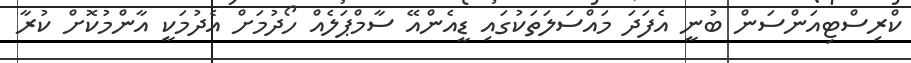
ކްރިސްޓިއަންސަން ބުނީ އެފަދަ މައްސަލަތަކުގައި ޑީއެންއޭ ސާމްޕަލެއް ހޯދުމަށް އެދުމަކީ އާންމުކޮށް ކުރާ